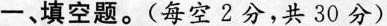
一、填空题。(每空2分，共30分)